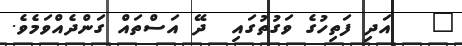
٣   އަދި ފަތިހުގެ ވަގުތުގައި  ދޭ އަސްތައް ގަންދެއްވަމެވެ.